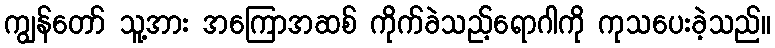
ကျွန်တော် သူ့အား အကြောအဆစ် ကိုက်ခဲသည့်ရောဂါကို ကုသပေးခဲ့သည်။